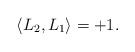
LaTeX: \begin{align*} \langle L_2,L_1 \rangle = +1.\end{align*}